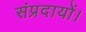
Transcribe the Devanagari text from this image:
संप्रदायों।